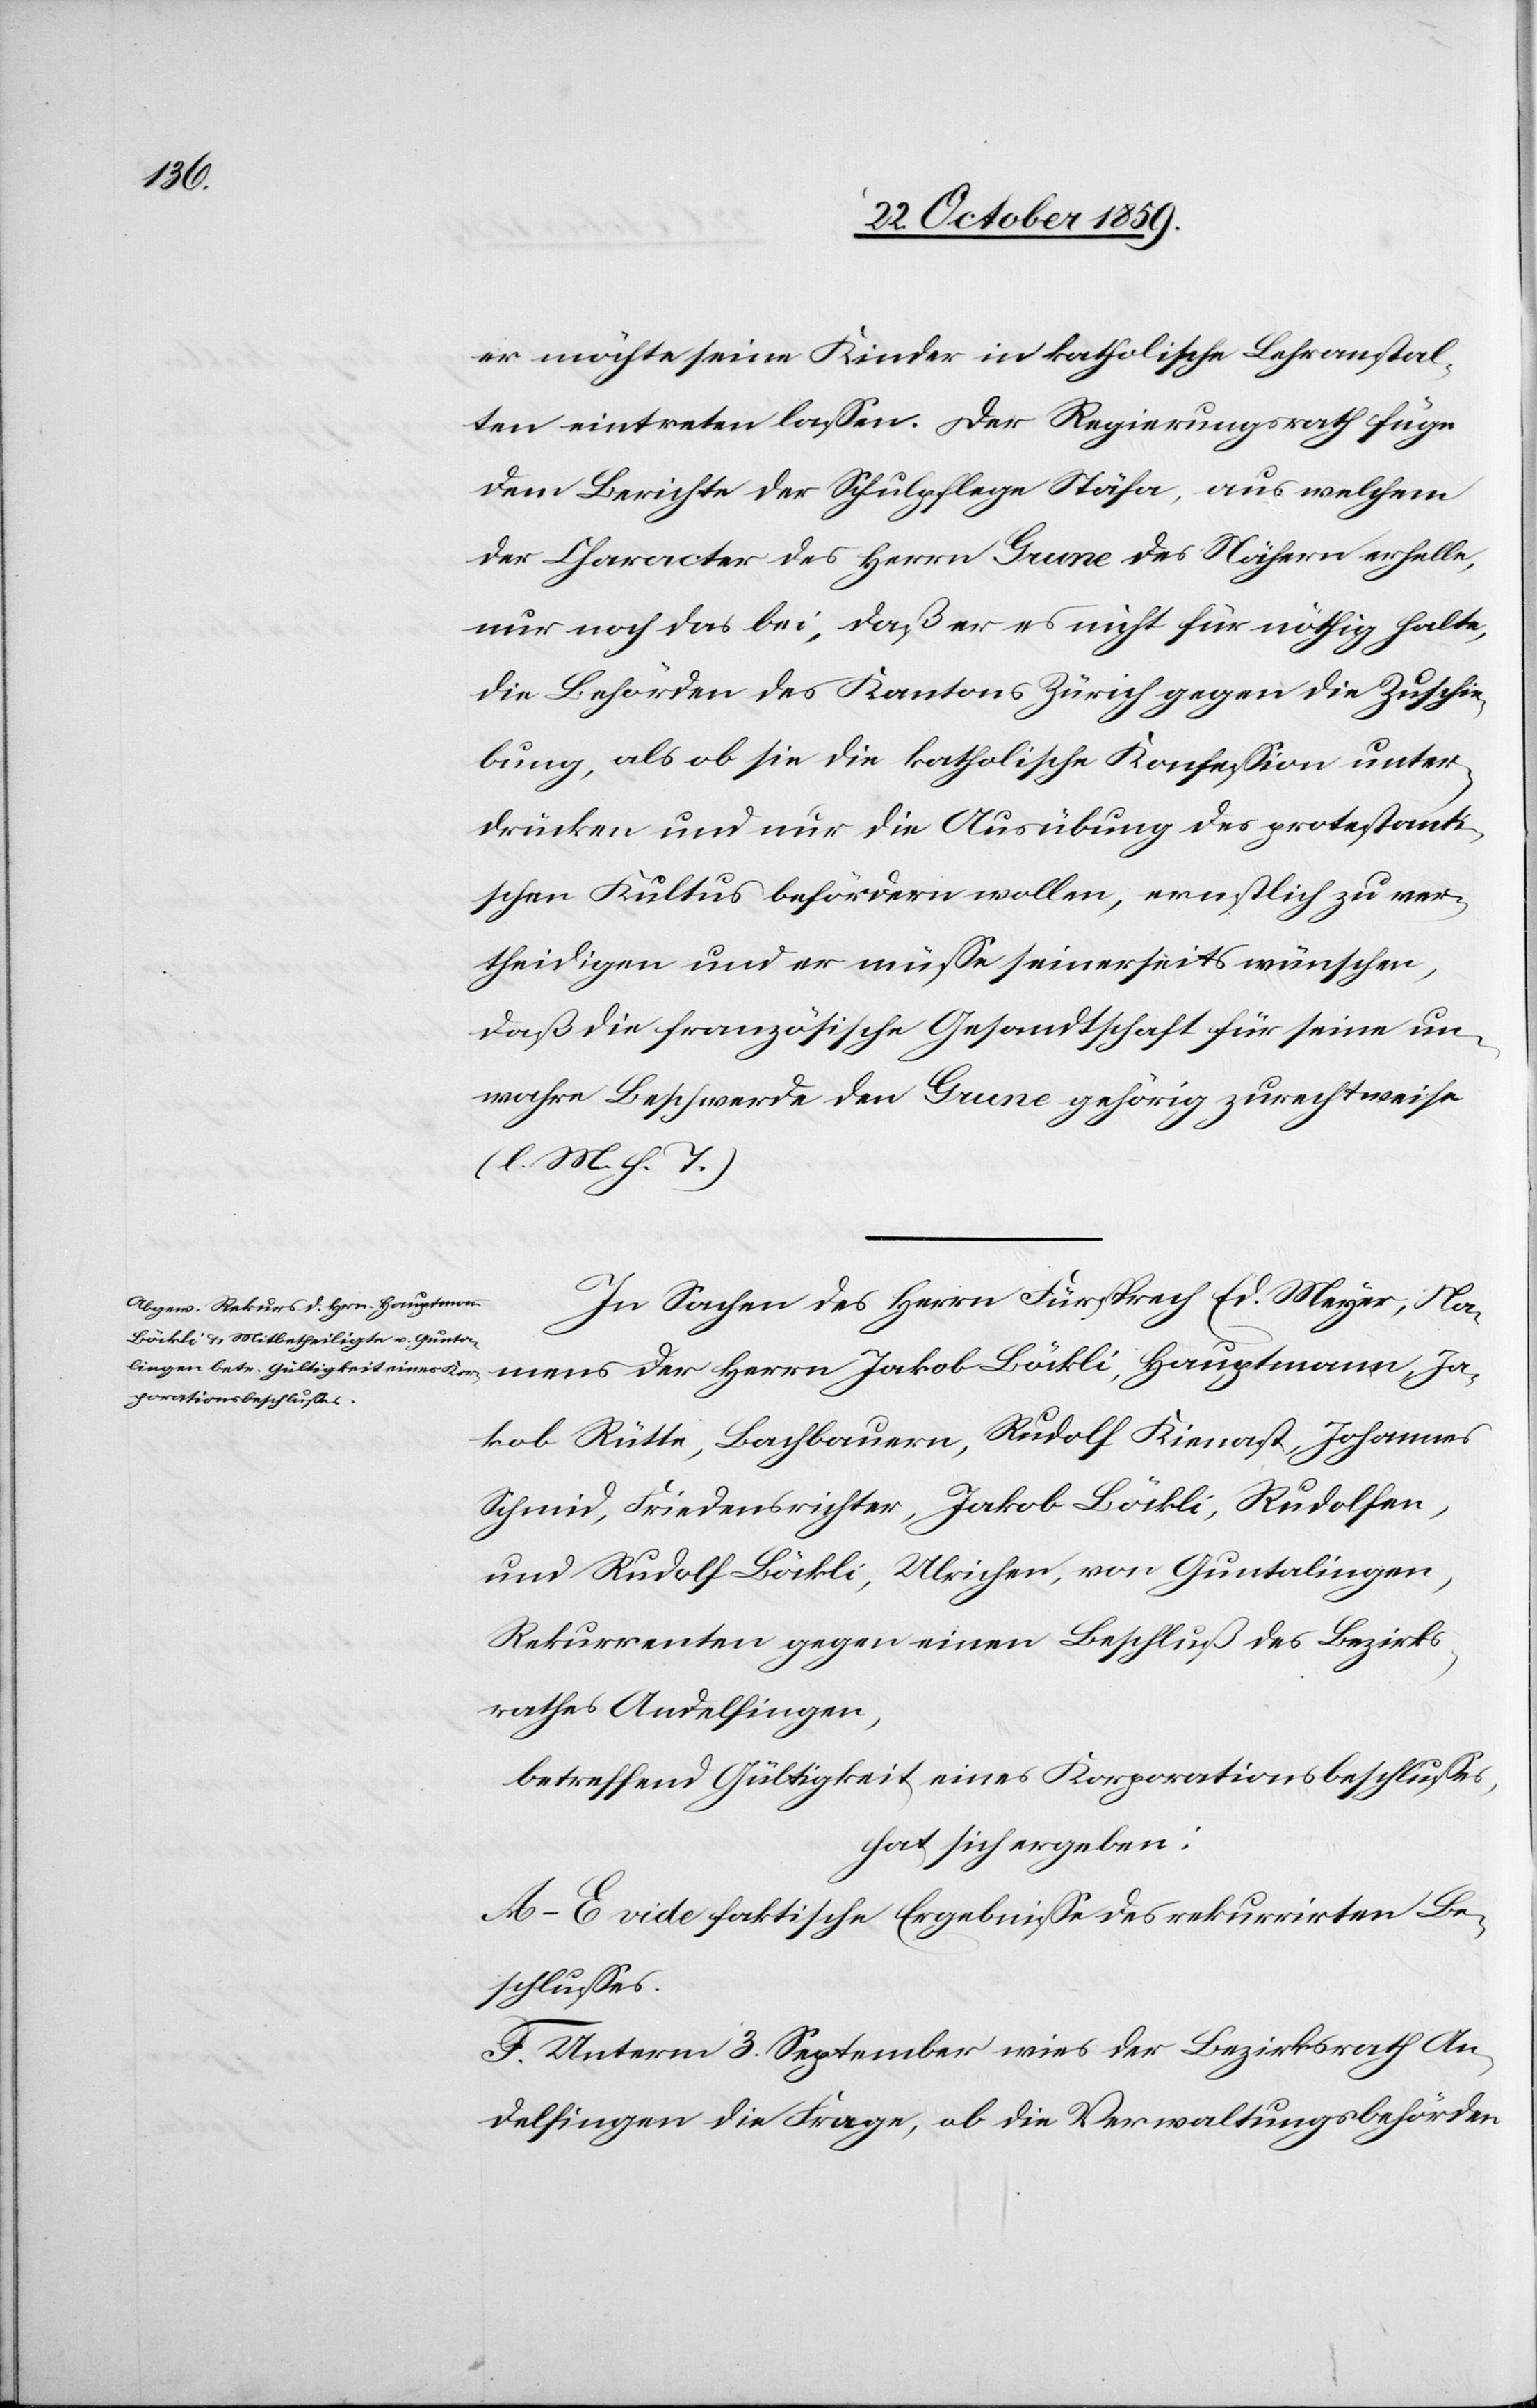
er möchte seine Kinder in katholische Lehranstal¬
ten eintreten lassen. Der Regierungsrath füge
dem Berichte der Schulpflege Stäfa, aus welchem
der Character des Herrn Grune des Nähern erhelle,
nur noch das bei, daß er es nicht für nöthig halte,
die Behörden des Kantons Zürich gegen die Zuschie¬
bung, als ob sie die katholische Konfession unter¬
drücken und nur die Ausübung des protestanti¬
schen Kultus befördern wolle, ernstlich zu ver¬
theidigen und er müsse seinerseits wünschen,
daß die französische Gesandtschaft für seine un¬
wahre Beschwerde den Grune gehörig zurechtweise
(l. M. h. T.)
In Sachen des Herrn Fürsprech Ed. Meyer, Namens
Jakob Rütte, Bachbauern, Rudolf Kienast, Johannes
Schmid, Friedensrichter, Jakob Böckli, Ulrichen,
Rekurrenten gegen einen Beschluss des Bezirks¬
rathes Andelfingen,
betreffend Gültigkeit eines Korporationsbeschlusses,
hat sich ergeben:
A–E vide faktische Ergebnisse des rekurrirten Be¬
schlusses.
F. Unterm 3. September wies der Bezirksrath An¬
delfingen die Frage, ob die Verwaltungsbehörde